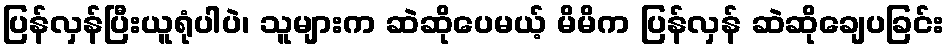
ပြန်လှန်ပြီးယူရုံပါပဲ၊ သူများက ဆဲဆိုပေမယ့် မိမိက ပြန်လှန် ဆဲဆိုချေပခြင်း